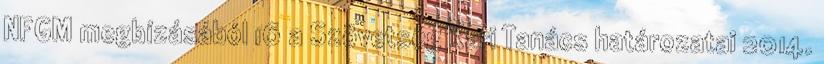
NFGM megbízásából 16 a Szövetség Kari Tanács határozatai 2014.